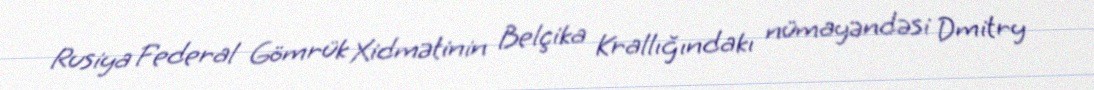
Rusiya Federal Gömrük Xidmətinin Belçika Krallığındakı nümayəndəsi Dmitry